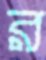
র